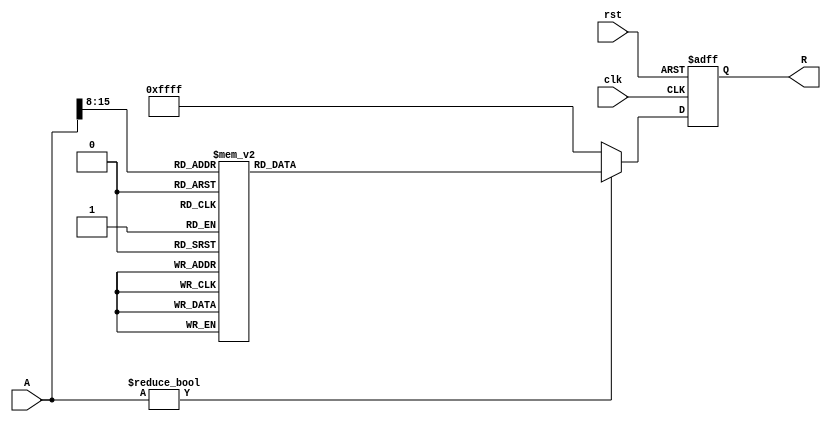
module ApproximateReciprocal (
    input wire [15:0] A,      // Input Data (16-bit fixed-point)
    output reg [15:0] R,      // Output Data (Approximate Reciprocal)
    input wire clk,           // Clock signal
    input wire rst            // Reset signal
);

    // Parameter for LUT size
    parameter LUT_SIZE = 256; // Adjust size based on the input range
    reg [15:0] reciprocal_LUT [0:LUT_SIZE-1]; // LUT for approximated reciprocals

    // Initialize LUT (example values, should be precomputed)
    initial begin
        // Populate LUT with approximate reciprocal values
        // reciprocal_LUT[i] = (16'hFFFF / i); // Example initialization for approximation
        reciprocal_LUT[1] = 16'hFFFF; // Reciprocal of 1 (1.0)
        reciprocal_LUT[2] = 16'h7FFF; // Reciprocal of 2 (0.5)
        reciprocal_LUT[3] = 16'h5555; // Reciprocal of 3 (~0.333)
        // Add more entries as needed
        // Ensure you fill up the LUT for values 1 to LUT_SIZE-1
    end

    // Normalize input and quantize to LUT index
    wire [7:0] index; // 8-bit index for LUT
    assign index = A[15:8]; // Simple normalization and quantization for 16-bit input

    // Main computation process
    always @(posedge clk or posedge rst) begin
        if (rst) begin
            R <= 16'h0000; // Reset output
        end else begin
            if (A != 16'h0000) begin // Prevent division by zero
                R <= reciprocal_LUT[index]; // Lookup reciprocal
            end else begin
                R <= 16'hFFFF; // Handle division by zero case (return max value)
            end
        end
    end

endmodule